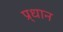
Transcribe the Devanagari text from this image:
प्र्धान